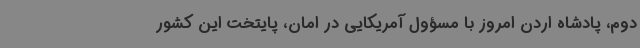
دوم، پادشاه اردن امروز با مسؤول آمریکایی در امان، پایتخت این کشور